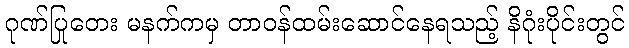
ဂုဏ်ပြုတေး မနက်ကမှ တာဝန်ထမ်းဆောင်နေရသည့် နိဂုံးပိုင်းတွင်